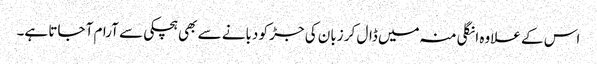
اس کے علاوہ انگلی منہ میں ڈال کر زبان کی جڑ کو دبانے سے بھی ہچکی سے آرام آ جاتا ہے۔